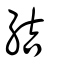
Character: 結